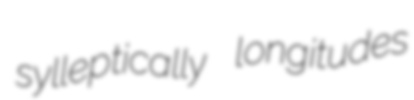
sylleptically longitudes